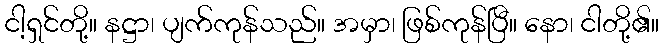
ငါ့ရှင်တို့။ နဋ္ဌာ၊ ပျက်ကုန်သည်။ အမှာ၊ ဖြစ်ကုန်ပြီ။ နော၊ ငါတို့၏။